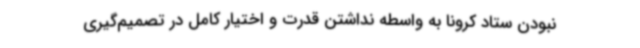
نبودن ستاد کرونا به واسطه نداشتن قدرت و اختیار کامل در تصمیم‌گیری